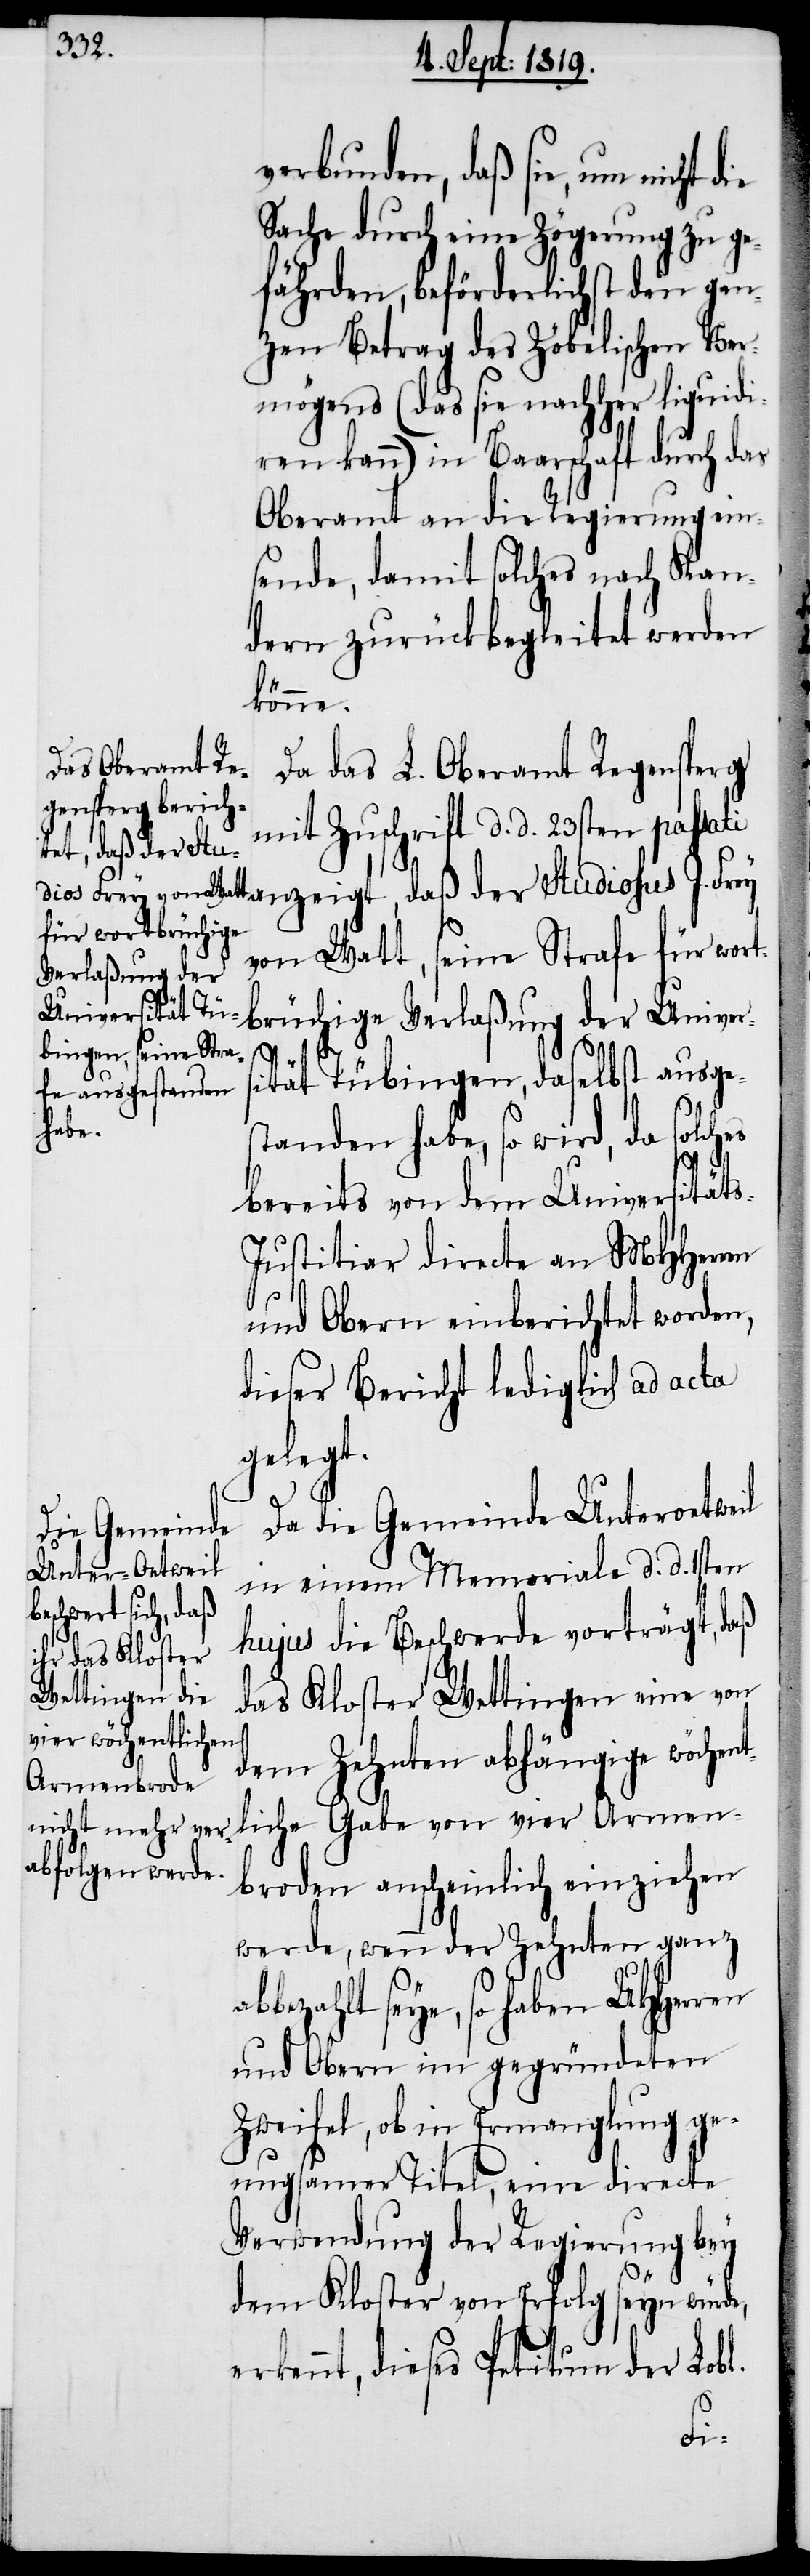
verbunden, daß sie, um nicht d¬
Sache durch eine Zögerung zu ge¬
fährden, beförderlichst den gan¬
zen Betrag des Zöbelischen Ver¬
mögens (das sie nachher liquid¬
iren kann) in Baarschaft durch das
Oberamt an die Regierung ein¬
sende, damit solches nach Kan¬
dern zurückbegleitet werden
könne.
Da das Oberamt Regensperg
mit Zuschrift d. d. 23sten passati
eigt, daß der Studi¬
von Watt, seine Strafe für wort¬
brüchige Verlaßung der Univer¬
tät Tübingen, daselbst ausge¬
standen habe, so wird, da solches
J.
bereits von dem Universitäts-J¬
ustitiar directe an MHHerren
und Obern einberichtet worden,
dieser Bericht lediglich ad acta
gelegt.
Da die Gemeinde Unteroetweil
in einem Memoriale d. d. 1sten
hujus die Beschwerde vorträgt, daß
das Kloster Wettingen eine von
dem Zehnten abhängige wöchen¬
tliche Gabe von vier Armen¬
broden anscheinlich einziehen
werde, wenn der Zehnten ganz
bezahlt seye, so haben UHHerren
und Obern im gegründeten
Zweifel, ob in Ermanglung ge¬
nugsamer Titel, eine directe
Verwendung der Regierung bey
dem Kloster von Erfolg seyn würde,
erkennt, dieses Petitum der Lobl.
ab¬